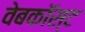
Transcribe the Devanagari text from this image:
वेबकॉस्ट